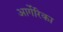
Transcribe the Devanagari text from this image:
आर्गेरिका